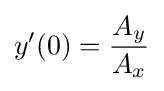
y'(0)={\frac {A_{y}}{A_{x}}}